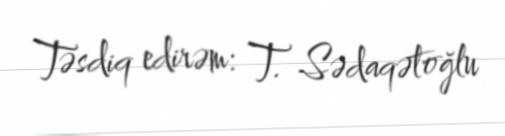
Təsdiq edirəm: T. Sədaqətoğlu